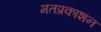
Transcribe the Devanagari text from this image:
मतप्रकाशन